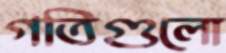
গতিগুলো